Indian journal of veterinary science and animal husbandry - Volume 8,
Year: 1938
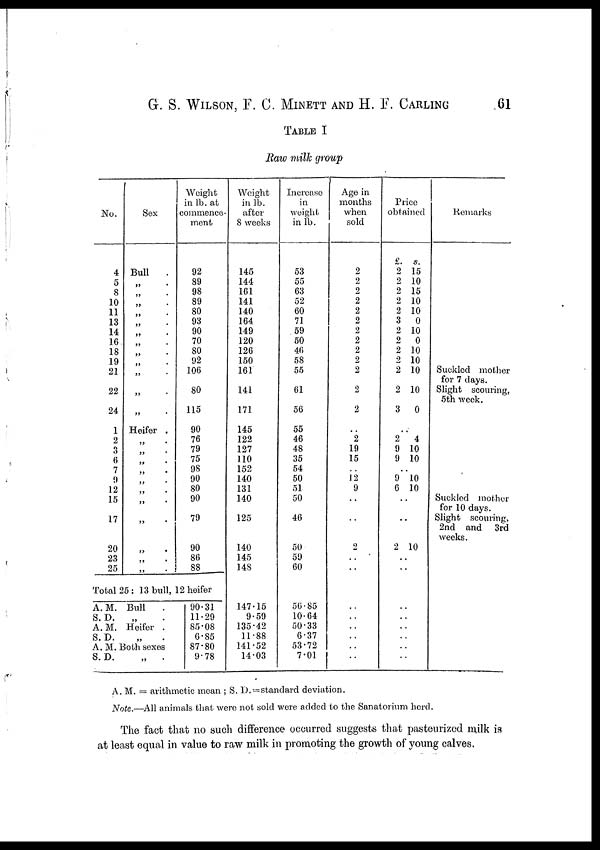
G. S. WILSON, F. C. MINETT AND H. F. CARLING 61
TABLE I
Raw milk group
No.
4
5
8
10
11
13
14
16
18
19
21
22
24
1
2
3
6
7
9
12
15
17
20
23
25
Sex
Bull .
„ .
„ .
„ .
„ .
„ .
„ .
„ .
„ .
„ .
„ .
„ .
„ .
Heifer .
„ .
„ .
„ .
„ .
„
„
„
„
„
„
Weight
in lb. at
commence-
ment
92
89
98
89
80
93
90
70
80
92
106
80
115
90
76
79
75
98
90
80
90
79
90
86
88
Total 25 : 13 bull, 12 heifer
A. M.
S. D.
A.M.
S. D.
Bull .
„ .
Heifer .
„ .
A. M. Both sexes
S. D.
„
.
90.31
11.29
85.08
6.85
87.80
9.78
Weight
in lb.
after
8 weeks
145
144
161
141
140
164
149
120
126
150
161
141
171
145
122
127
110
152
140
131
140
125
140
145
148
147.15
9.59
135.42
11.88
141.52
14.03
Increase
in
weight
in lb.
53
55
63
52
60
71
59
50
46
58
55
61
56
55
46
48
35
54
50
51
50
46
50
59
60
56.85
10.64
50.33
6.37
53.72
7.01
Age in
months
when
sold
2
2
2
2
2
2
2
2
2
2
2
2
2
..
2
19
15
..
12
9
..
..
2
..
..
..
..
..
..
..
..
Price
obtained
£. s.
2 15
2 10
2 15
2 10
2 10
3 0
2 10
2 0
2 10
2 10
2 10
2 10
3 0
..
2 4
9 10
9 10
..
9 l0
6 10
..
..
2 10
..
..
..
..
..
..
..
..
Remarks
Suckled mother
for 7 days.
Slight scouring,
5th week.
Suckled mother
for 10 days.
Slight scouring,
2nd and 3rd
weeks.
A. M. = arithmetic mean ; S. D. = standard deviation.
Note.—All animals that were not sold were added to the Sanatorium herd.
The fact that no such difference occurred suggests that pasteurized milk is
at least equal in value to raw milk in promoting the growth of young calves.